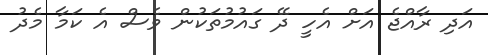
އަދި ރާއްޖެ އަށް އެހީ ދޭ ގައުމުތަކުން ވެސް އެ ކަމާ މެދު